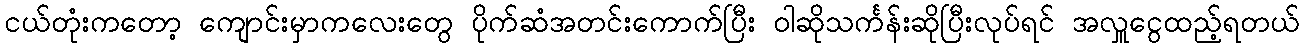
ငယ်တုံးကတော့ ကျောင်းမှာကလေးတွေ ပိုက်ဆံအတင်းကောက်ပြီး ဝါဆိုသင်္ကန်းဆိုပြီးလုပ်ရင် အလှူငွေထည့်ရတယ်